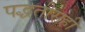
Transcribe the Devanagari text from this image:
पद्धतीसही